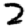
Digit: 2